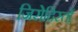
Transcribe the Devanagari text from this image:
जिरोदिस्तों